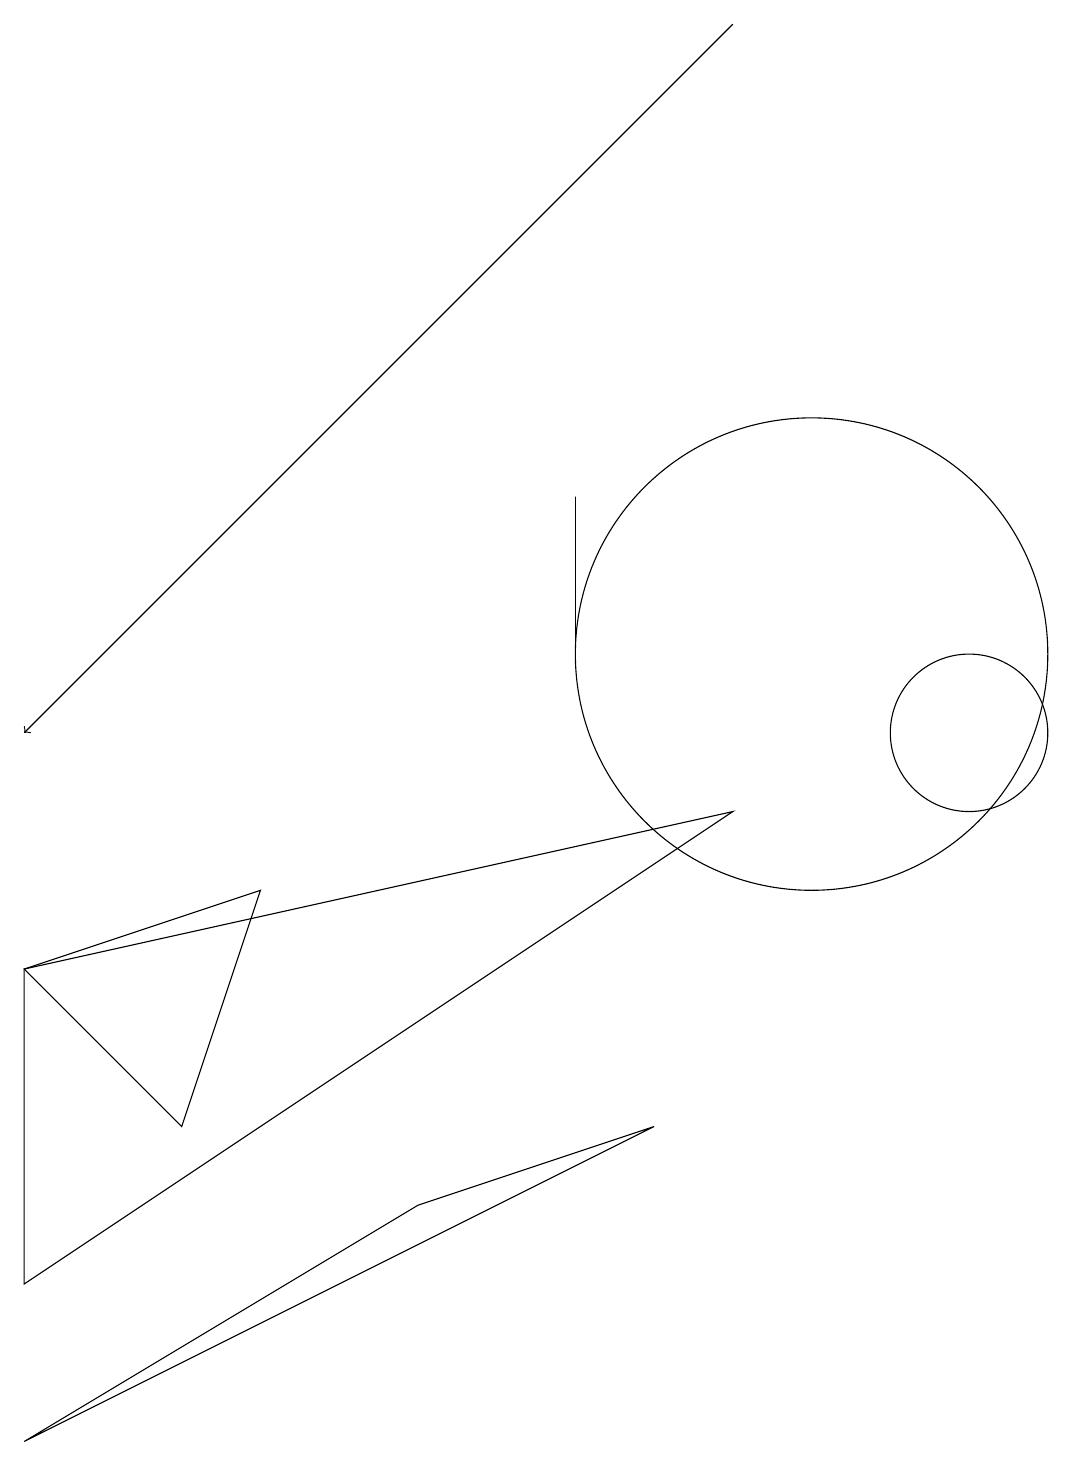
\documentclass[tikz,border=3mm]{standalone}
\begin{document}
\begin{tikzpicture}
\draw (0,3) -- (9,9) -- (0,7) -- cycle;
\draw (12,10) circle (1);
\draw (10,11) circle (3);
\draw (7,11) rectangle (7,13);
\draw (2,5) -- (0,7) -- (3,8) -- cycle;
\draw (0,1) -- (5,4) -- (8,5) -- cycle;
\draw[->] (9,19) -- (0,10);
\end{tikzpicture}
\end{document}